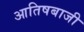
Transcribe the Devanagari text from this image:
आतिषबाजी